Regulations for the medical services of the Army of India
Year: 1930
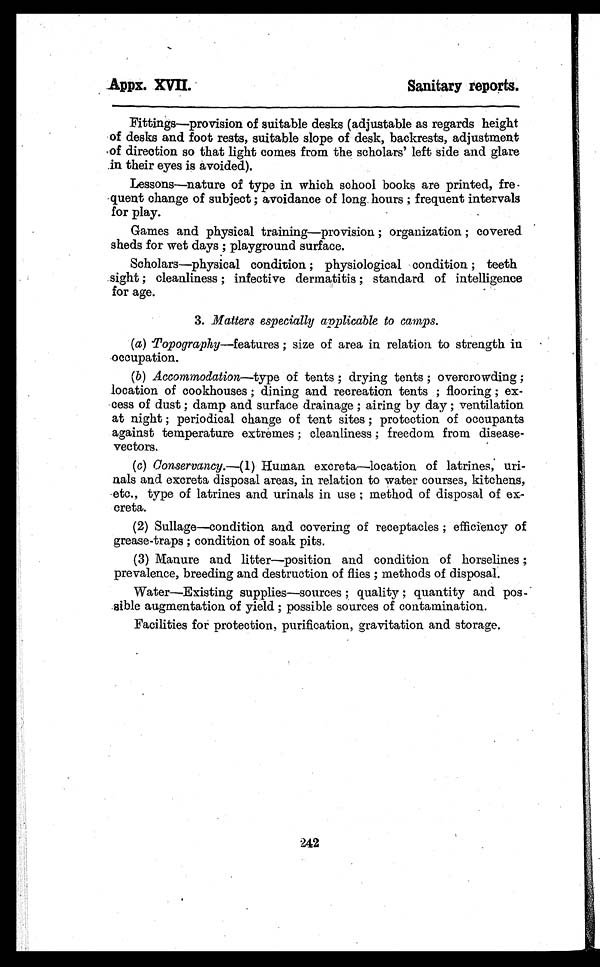
Appx. XVII.
Sanitary reports.
Fittings—provision of suitable desks (adjustable as regards height
of desks and foot rests, suitable slope of desk, backrests, adjustment
of direction so that light comes from the scholars' left side and glare
in their eyes is avoided).
Lessons—nature of type in which school books are printed,
f r e - q u e n t c h a n g e o f s u b j e c t ; a v o i d a n c e o f l o n g h o u r s ; f r e q u e n t i n t e r v a l s
for play.
Games and physical training—provision ; organization ; covered
sheds for wet days ; playground surface.
Scholars—physical condition ; physiological condition ; teeth
sight ; cleanliness ; infective dermatitis ; standard of intelligence
for age.
3. Matters especially applicable to camps.
(a) Topography—features ; size of area in relation to strength in
occupation.
(b) Accommodation—type of tents ; drying tents ; overcrowding ;
location of cookhouses ; dining and recreation tents ; flooring ; ex-
cess of dust ; damp and surface drainage ; airing by day ; ventilation
at night ; periodical change of tent sites ; protection of occupants
against temperature extremes ; cleanliness ; freedom from disease-
vectors.
(c)
Conservancy.—(1) Human excreta—location of latrines, uri-
nals and excreta disposal areas, in relation to water courses, kitchens,
etc., type of latrines and urinals in use ; method of disposal of ex-
creta.
(2) Sullage—condition and covering of receptacles ; efficiency of
grease-traps ; condition of soak pits.
(3) Manure and litter—position and condition of horselines ;
prevalence, breeding and destruction of flies ; methods of disposal.
Water—Existing supplies—sources ; quality ; quantity and pos-
sible augmentation of yield ; possible sources of contamination.
Facilities for protection, purification, gravitation and storage.
242